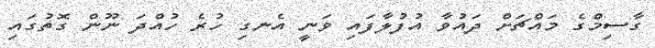
ގާސިމްގެ މައްޗަށް ދައުވާ އުފުލާފައި ވަނީ އެނގި ހުރެ ހުއްދަ ނޫން ގޮތުގައި